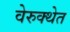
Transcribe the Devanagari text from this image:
वेरुक्थेत